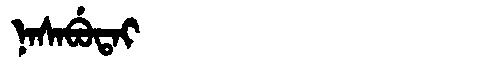
Manchu: ᠨᠠᠰᠠᠪᡠᡨᠠᡳ
Romanization: NASABUTAI